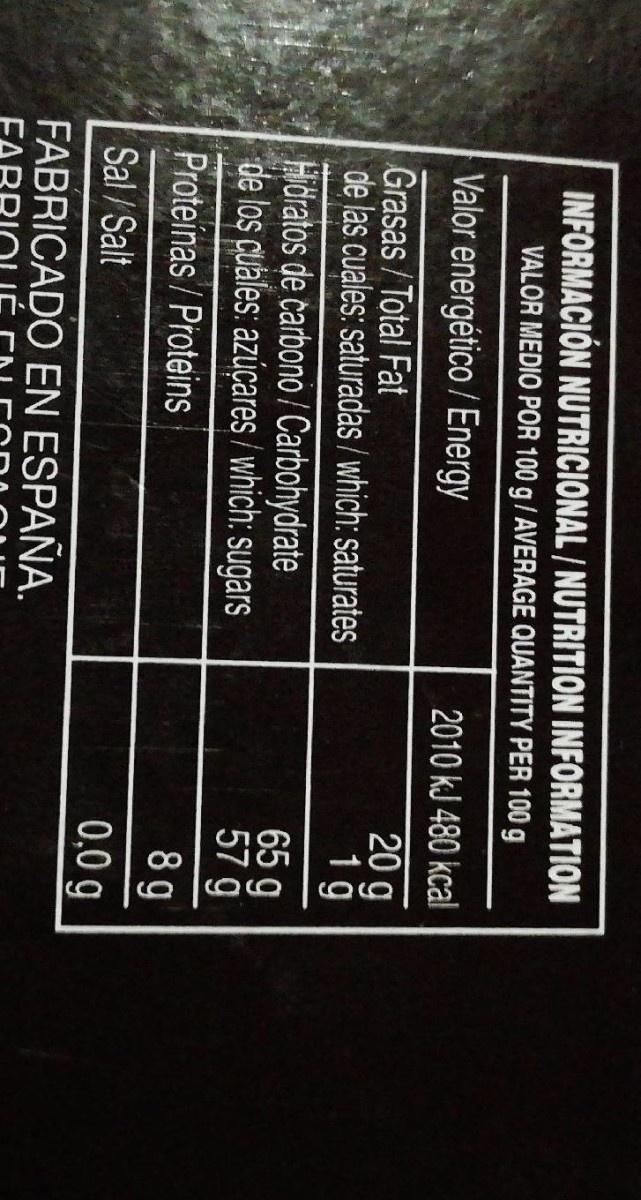
INFORMACIÓN NUTRICIONAL / NUTRITION INFORMATION
VALOR MEDIO POR 100 g/ AVERAGE QUANTITY PER 100 g
Valor energético / Energy
2010 kJ 480 kcal
Grasas / Total Fat de las cuales: saturadas / which: saturates
20 g 1g
Hidratos de carbono / Carbohydrate de los cuales: azúçares/which: sugars
65 g 57 9
Proteinas / Proteins
8 g
Sal/Salt
0,0 g
FABRICADO EN ESPAÑA.